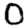
Digit: 0